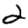
Digit: 2